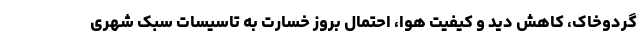
گردوخاک، کاهش دید و کیفیت هوا، احتمال بروز خسارت به تاسیسات سبک شهری